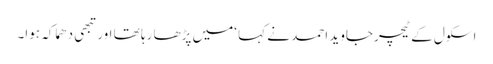
اسکول کے ٹیچرجاوید احمد نے کہا ‘میں پڑھا رہا تھا اورتبھی دھماکہ ہوا۔